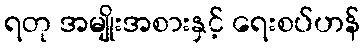
ရတု အမျိုးအစားနှင့် ရေးစပ်ဟန်